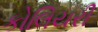
કોલિયરી